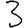
Digit: 3